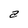
Character: a